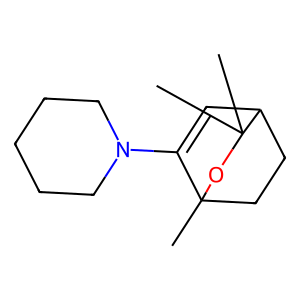
SMILES: CC12CCC(C=C1N1CCCCC1)C(C)(C)O2
Inhibits HIV replication: No